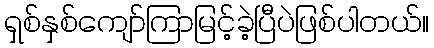
ရှစ်နှစ်ကျော်ကြာမြင့်ခဲ့ပြီပဲဖြစ်ပါတယ်။